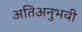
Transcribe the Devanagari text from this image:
अतिअनुभवी